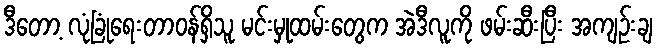
ဒီတော့ လုံခြုံရေးတာဝန်ရှိသူ မင်းမှုထမ်းတွေက အဲဒီလူကို ဖမ်းဆီးပြီး အကျဉ်းချ